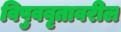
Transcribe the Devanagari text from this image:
विषुववृतावरील